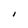
Character: I